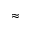
\approx